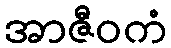
အာဇီဝကံ